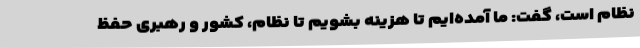
نظام است، گفت: ما آمده‌ایم تا هزینه بشویم تا نظام، کشور و رهبری حفظ